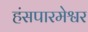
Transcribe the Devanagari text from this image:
हंसपारमेश्वर